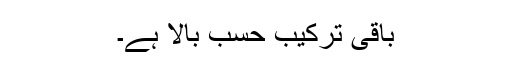
باقی ترکیب حسبِ بالا ہے۔